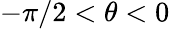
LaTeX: -\pi/2<\theta<0